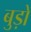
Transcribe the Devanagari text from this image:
बुड़ो